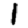
Digit: 1